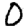
Digit: 0